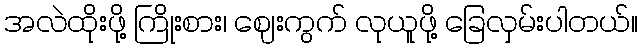
အလဲထိုးဖို့ ကြိုးစား၊ ဈေးကွက် လုယူဖို့ ခြေလှမ်းပါတယ်။